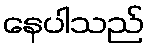
နေပါသည်